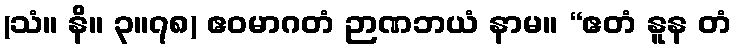
(သံ။ နိ။ ၃။၇၈) ဧဝမာဂတံ ဉာဏဘယံ နာမ။ “ဧတံ နူန တံ